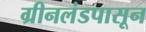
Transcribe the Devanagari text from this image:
ग्रीनलंडपासून